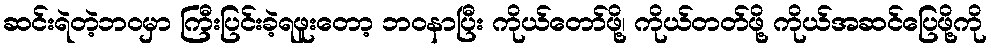
ဆင်းရဲတဲ့ဘဝမှာ ကြီးပြင်းခဲ့ရဖူးတော့ ဘဝနာပြီး ကိုယ်တော်ဖို့၊ ကိုယ်တတ်ဖို့ ကိုယ်အဆင်ပြေဖို့ကို